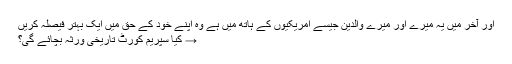
اور آخر میں یہ میرے اور میرے والدین جیسے امریکیوں کے ہاتھ میں ہے وہ اپنے خود کے حق میں ایک بہتر فیصلہ کریں
→ کیا سپریم کورٹ تاریخی ورثہ بچائے گی؟